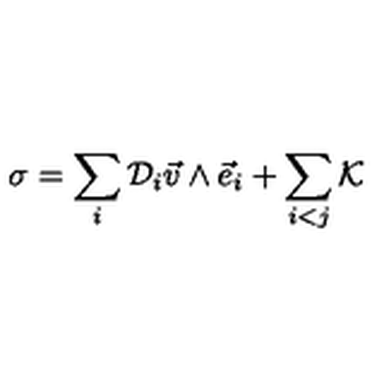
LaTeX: \sigma = \sum _ { i } { \cal D } _ { i } { \vec { v } } \wedge { \vec { e } } _ { i } + \sum _ { i < j } { \cal K }